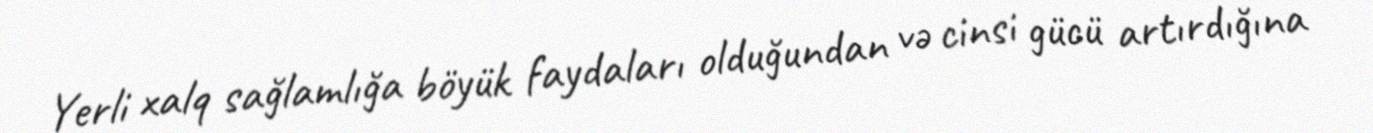
Yerli xalq sağlamlığa böyük faydaları olduğundan və cinsi gücü artırdığına